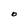
Character: O